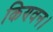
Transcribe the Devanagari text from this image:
किण्वन।